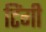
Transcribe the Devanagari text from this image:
टिंगी